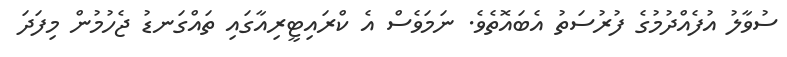
ސުވާލު އުފެއްދުމުގެ ފުރުސަތު އެބައޮތެވެ. ނަމަވެސް އެ ކްރައިޓީރިއާގައި ތައްގަނޑު ޖެހުމުން މިފަދަ